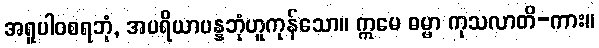
အရူပါဝစရဘုံ, အပရိယာပန္နဘုံဟူကုန်သော။ ဣမေ ဓမ္မာ ကုသလာတိ-ကား။